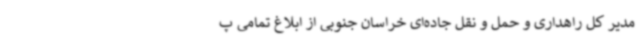
مدیر کل راهداری و حمل و نقل جاده‌ای خراسان جنوبی از ابلاغ تمامی پ